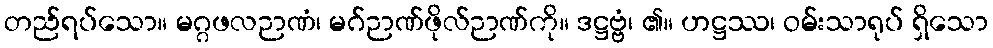
တည်ရပ်သော။ မဂ္ဂဖလဉာဏံ၊ မဂ်ဉာဏ်ဖိုလ်ဉာဏ်ကို။ ဒဋ္ဌဗ္ဗံ၊ ၏။ ဟဋ္ဌဿ၊ ဝမ်းသာရုပ် ရှိသော